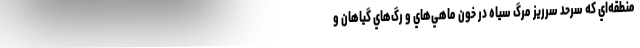
منطقه‌اي كه سرحد سرريز مرگ سياه در خون ماهي‌هاي و رگ‌هاي گياهان و